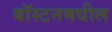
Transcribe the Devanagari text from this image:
बॉस्टनमधील